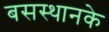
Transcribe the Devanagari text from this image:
बसस्थानके